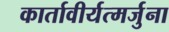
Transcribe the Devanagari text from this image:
कार्तावीर्यत्मर्जुना